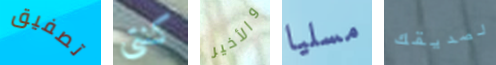
تصفيق كنتى والأخير مسليا لصديقك